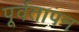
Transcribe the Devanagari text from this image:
पूर्वतापन